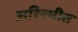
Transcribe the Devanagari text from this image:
अरिस्थीत